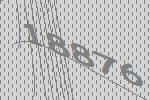
18876